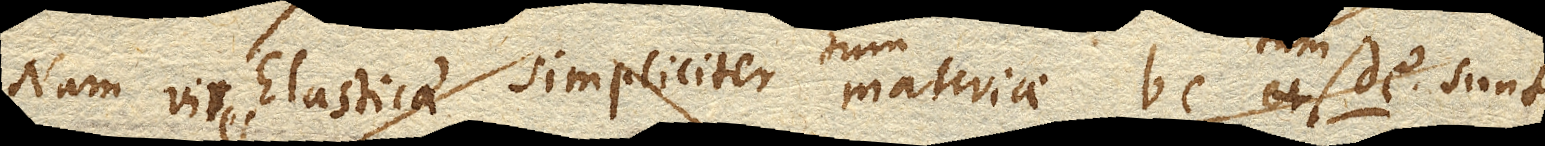
Nam Vires Elasticae simpliciter materiae bc. ettum materiae bc. tum de. sunt